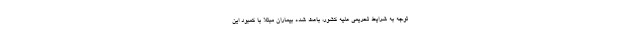
توجه به شرایط تحریمی علیه کشور، باعث شده بیماران مبتلا با کمبود این